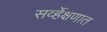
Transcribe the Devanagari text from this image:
सर्व्हेक्षणात